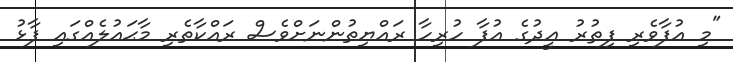
"މި އުފާވެރި ފިޠުރު ޢީދުގެ އުފާ ހުރިހާ ރައްޔިތުންނަށްވެސް ރައްކާތެރި މާޙައުލެއްގައި ފާޅު